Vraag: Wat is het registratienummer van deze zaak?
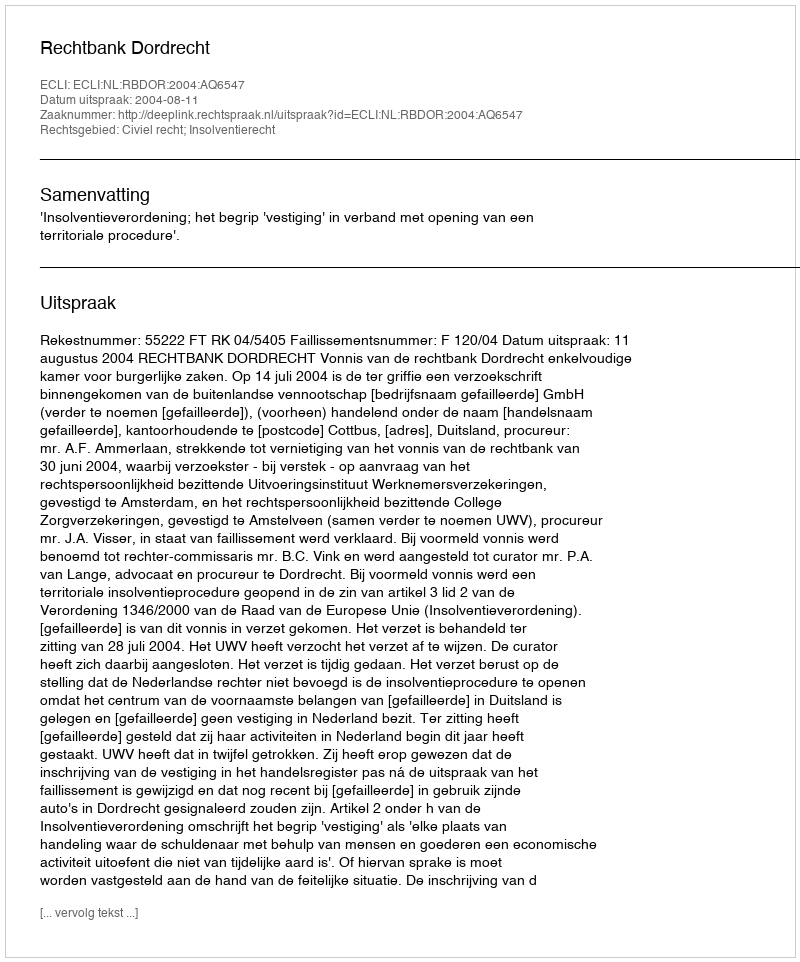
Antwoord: http://deeplink.rechtspraak.nl/uitspraak?id=ECLI:NL:RBDOR:2004:AQ6547